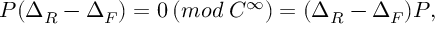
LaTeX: P ( \Delta _ { R } - \Delta _ { F } ) = 0 \: ( m o d \: { \cal C } ^ { \infty } ) = ( \Delta _ { R } - \Delta _ { F } ) P ,